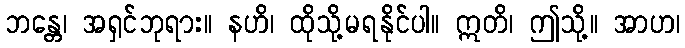
ဘန္တေ၊ အရှင်ဘုရား။ နဟိ၊ ထိုသို့မရနိုင်ပါ။ ဣတိ၊ ဤသို့။ အာဟ၊